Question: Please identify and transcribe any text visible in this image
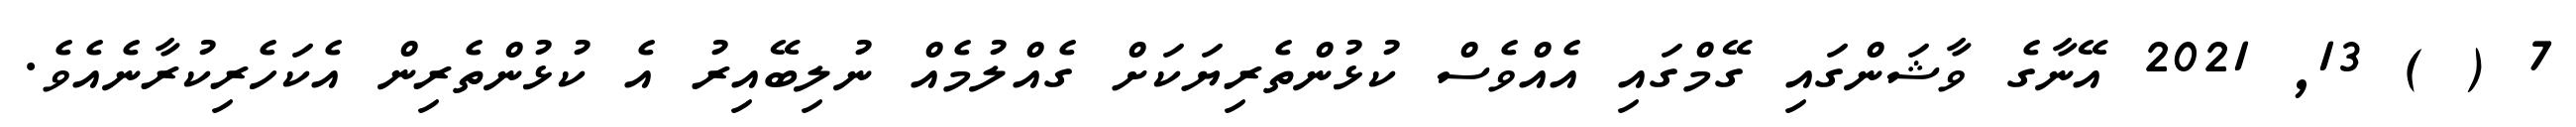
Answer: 7 ( ) 13, 2021 އޭނާގެ ވާޝަންގައި ގޭމްގައި އެއްވެސް ކުޅުންތެރިޔަކަށް ގެއްލުމެއް ނުލިބޭއިރު އެ ކުޅުންތެރިން އެކަހެރިކުރާނެއެވެ.